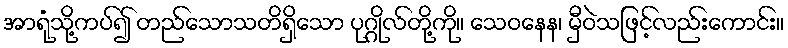
အာရုံသို့ကပ်၍ တည်သောသတိရှိသော ပုဂ္ဂိုလ်တို့ကို။ သေဝနေန၊ မှီဝဲသဖြင့်လည်းကောင်း။